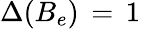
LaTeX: \Delta(B_{e})\, =\, 1\